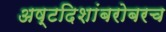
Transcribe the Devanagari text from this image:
अष्टदिशांबरोबरच